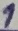
Text: 1